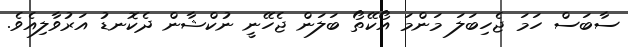
ސާބަސް ހަމަ ޖެހިބަލަ މަންމަ އޯކޭތޯ ބަލަން ޖެހޭނީ ނުކްޝާން ދެކޮނޑު އަރުވާލިއެވެ.